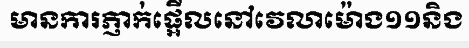
មានការភ្ញាក់ផ្អើលនៅវេលាម៉ោង១១និង